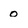
Character: o